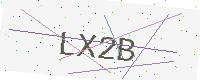
Text: LX2B